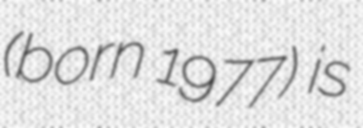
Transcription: (born 1977) is